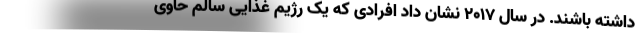
داشته باشند. در سال 2017 نشان داد افرادی که یک رژیم غذایی سالم حاوی